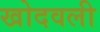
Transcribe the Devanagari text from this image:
खोदवली